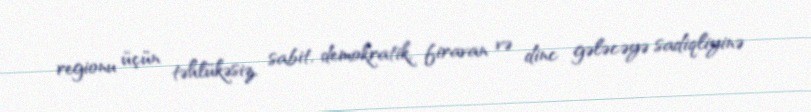
regionu üçün təhlükəsiz, sabit, demokratik, firavan və dinc gələcəyə sadiqliyinə